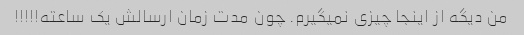
من دیگه از اینجا چیزی نمیگیرم. چون مدت زمان ارسالش یک ساعته!!!!!